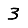
Digit: 3